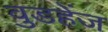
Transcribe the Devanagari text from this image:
वुडहेंज